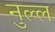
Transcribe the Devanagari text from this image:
नुल्ल